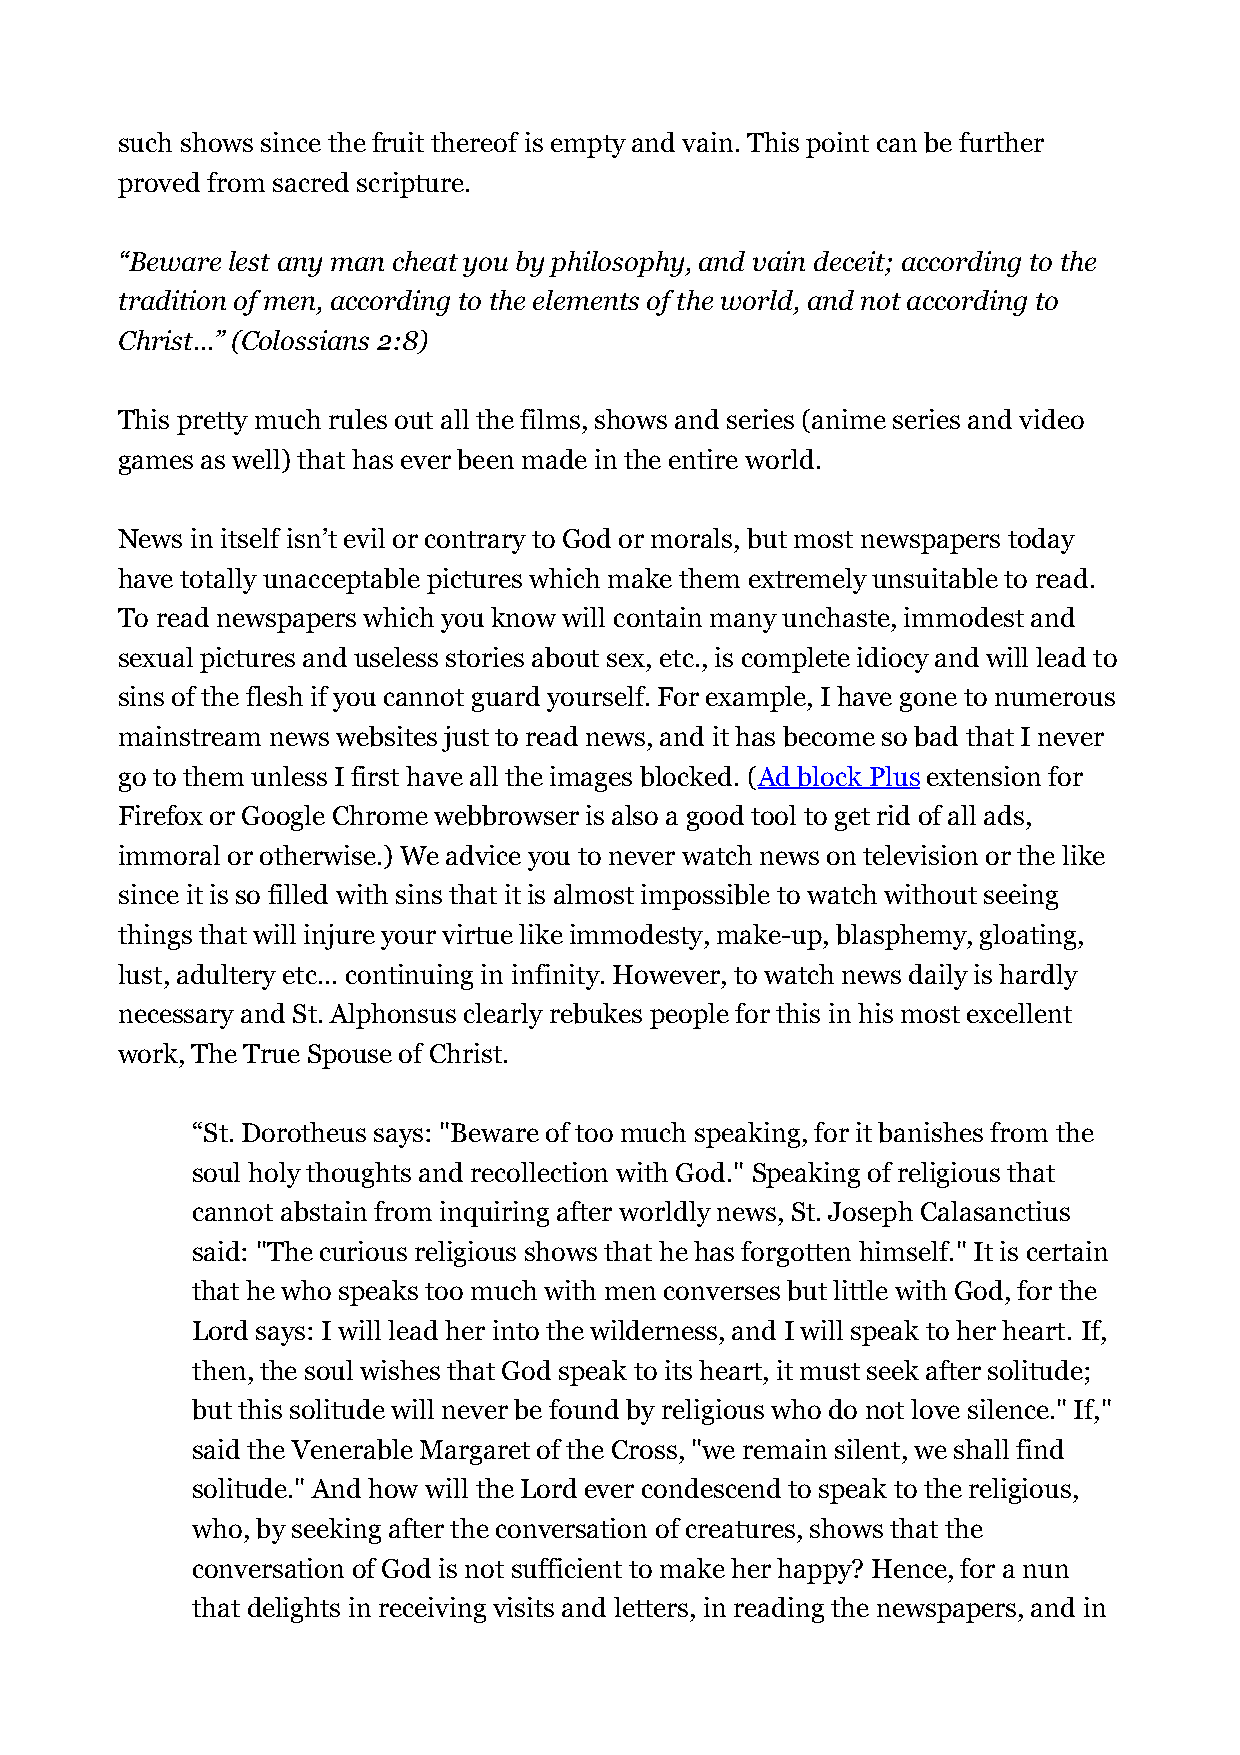
such shows since the fruit thereof is empty and vain. This point can be further
 proved from sacred scripture.
 “Beware lest any man cheat you by philosophy, and vain deceit; according to the
 tradition of men, according to the elements of the world, and not according to
 Christ...” (Colossians 2:8)
 This pretty much rules out all the films, shows and series (anime series and video
 games as well) that has ever been made in the entire world.
 News in itself isn’t evil or contrary to God or morals, but most newspapers today
 have totally unacceptable pictures which make them extremely unsuitable to read.
 To read newspapers which you know will contain many unchaste, immodest and
 sexual pictures and useless stories about sex, etc., is complete idiocy and will lead to
 sins of the flesh if you cannot guard yourself. For example, I have gone to numerous
 mainstream news websites just to read news, and it has become so bad that I never
 go to them unless I first have all the images blocked. (Ad block Plus extension for
 Firefox or Google Chrome webbrowser is also a good tool to get rid of all ads,
 immoral or otherwise.) We advice you to never watch news on television or the like
 since it is so filled with sins that it is almost impossible to watch without seeing
 things that will injure your virtue like immodesty, make-up, blasphemy, gloating,
 lust, adultery etc... continuing in infinity. However, to watch news daily is hardly
 necessary and St. Alphonsus clearly rebukes people for this in his most excellent
 work, The True Spouse of Christ.
 “St. Dorotheus says: "Beware of too much speaking, for it banishes from the
 soul holy thoughts and recollection with God." Speaking of religious that
 cannot abstain from inquiring after worldly news, St. Joseph Calasanctius
 said: "The curious religious shows that he has forgotten himself." It is certain
 that he who speaks too much with men converses but little with God, for the
 Lord says: I will lead her into the wilderness, and I will speak to her heart. If,
 then, the soul wishes that God speak to its heart, it must seek after solitude;
 but this solitude will never be found by religious who do not love silence." If,"
 said the Venerable Margaret of the Cross, "we remain silent, we shall find
 solitude." And how will the Lord ever condescend to speak to the religious,
 who, by seeking after the conversation of creatures, shows that the
 conversation of God is not sufficient to make her happy? Hence, for a nun
 that delights in receiving visits and letters, in reading the newspapers, and in